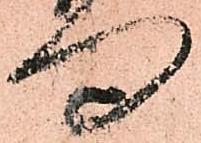
向